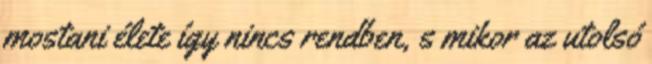
mostani élete így nincs rendben, s mikor az utolsó